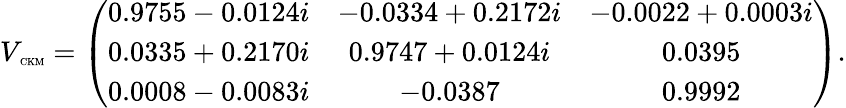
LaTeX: V_{\mathrm{\tiny~CKM}}=\left(\begin{array}{ccc}{{0.9755-0.0124i}}&{{-0.0334+0.2172i}}&{{-0.0022+0.0003i}}\\ {{0.0335+0.2170i}}&{{0.9747+0.0124i}}&{{0.0395}}\\ {{0.0008-0.0083i}}&{{-0.0387}}&{{0.9992}}\end{array}\right).